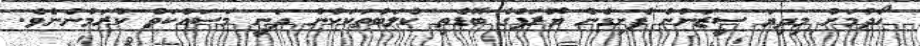
ހޯދުމަށް މިދިޔަ ސީޒަނުން ފެށިގެން ޔޫރަޕްގެ ބޮޑެތި ކްލަބުތަކަކުން ދަނީ މަސައްކަތް ކުރަމުންނެވެ.